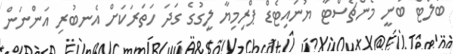
ބޯލްޓް ބުނީ މެންޗެސްޓާ ޔުނައިޓެޑް ޕްރިމިޔާ ލީގުގެ ގަދަ ހަތަރަކަށް އެނބުރި އަންނަން